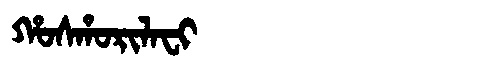
Manchu: ᡥᠣᠰᡥᠣᡵᡳᠯᠠᠸᡳ
Romanization: HOSHORILAFI